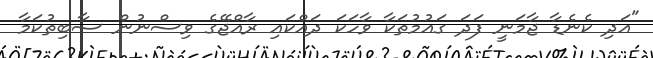
"އަދި ކެނެޑާ ޖާމަނީ ފަދަ ގައުމުތަކާ ވާހަކަ ދައްކައި ރާއްޖޭގެ ވިސްނުން ސާބިތުކަމާ